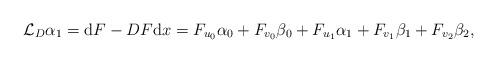
LaTeX: \begin{align*}\mathcal L_D\alpha_1=\mbox{d}F-DF\mbox{d}x=F_{u_0}\alpha_0+F_{v_0}\beta_0+F_{u_1}\alpha_1+F_{v_1}\beta_1+F_{v_2}\beta_2,\end{align*}